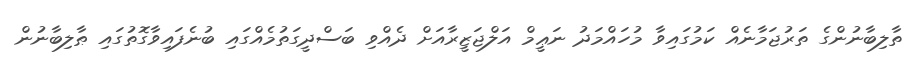
ތާލިބާނުންގެ ތަރުޖަމާނެއް ކަމުގައިވާ މުހައްމަދު ނަޢީމް އަލްޖަޒީރާއަށް ދެއްވި ބަސްދީގަތުމެއްގައި ބުނެފައިވާގޮތުގައި ޠާލިބާނުން